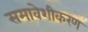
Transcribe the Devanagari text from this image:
समावेशीकरण